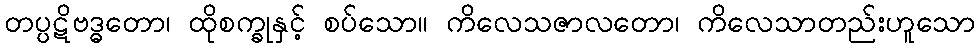
တပ္ပဋိဗဒ္ဓတော၊ ထိုစက္ခုနှင့် စပ်သော။ ကိလေသဇာလတော၊ ကိလေသာတည်းဟူသော